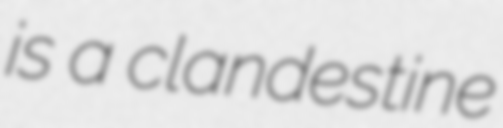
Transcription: is a clandestine